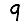
Digit: 9